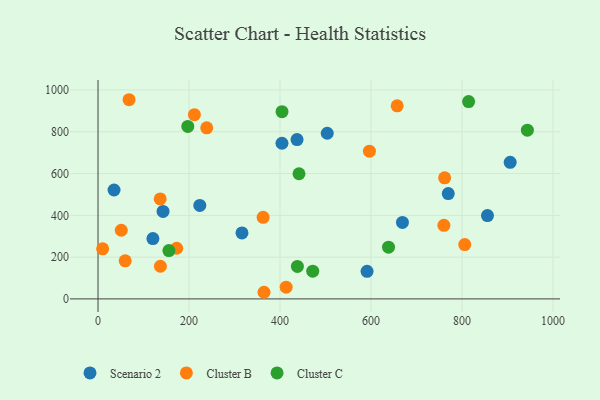
{"axis": {"x": "Price", "y": "Profit"}, "legend": ["Cluster B", "Cluster C", "Scenario 2"], "data": [{"x": "120.6", "y": 288.6, "type": "Scenario 2"}, {"x": "437.4", "y": 762.6, "type": "Scenario 2"}, {"x": "404.3", "y": 744.9, "type": "Scenario 2"}, {"x": "591.3", "y": 131.8, "type": "Scenario 2"}, {"x": "905.9", "y": 653.9, "type": "Scenario 2"}, {"x": "669.1", "y": 366.2, "type": "Scenario 2"}, {"x": "223.7", "y": 447.6, "type": "Scenario 2"}, {"x": "35.2", "y": 521.1, "type": "Scenario 2"}, {"x": "769.8", "y": 504.1, "type": "Scenario 2"}, {"x": "856.0", "y": 399.0, "type": "Scenario 2"}, {"x": "142.9", "y": 418.8, "type": "Scenario 2"}, {"x": "503.8", "y": 792.8, "type": "Scenario 2"}, {"x": "316.4", "y": 315.9, "type": "Scenario 2"}, {"x": "137.1", "y": 156.2, "type": "Cluster B"}, {"x": "136.6", "y": 478.5, "type": "Cluster B"}, {"x": "806.1", "y": 260.0, "type": "Cluster B"}, {"x": "59.7", "y": 182.2, "type": "Cluster B"}, {"x": "172.9", "y": 242.4, "type": "Cluster B"}, {"x": "596.5", "y": 707.0, "type": "Cluster B"}, {"x": "657.5", "y": 924.3, "type": "Cluster B"}, {"x": "10.1", "y": 239.8, "type": "Cluster B"}, {"x": "760.2", "y": 352.0, "type": "Cluster B"}, {"x": "413.5", "y": 56.0, "type": "Cluster B"}, {"x": "68.2", "y": 953.3, "type": "Cluster B"}, {"x": "362.9", "y": 390.6, "type": "Cluster B"}, {"x": "364.8", "y": 31.7, "type": "Cluster B"}, {"x": "51.1", "y": 328.6, "type": "Cluster B"}, {"x": "238.9", "y": 818.6, "type": "Cluster B"}, {"x": "761.8", "y": 579.5, "type": "Cluster B"}, {"x": "211.8", "y": 881.7, "type": "Cluster B"}, {"x": "155.8", "y": 231.4, "type": "Cluster C"}, {"x": "197.3", "y": 825.3, "type": "Cluster C"}, {"x": "638.5", "y": 247.6, "type": "Cluster C"}, {"x": "441.7", "y": 599.0, "type": "Cluster C"}, {"x": "404.4", "y": 896.2, "type": "Cluster C"}, {"x": "943.7", "y": 807.5, "type": "Cluster C"}, {"x": "438.2", "y": 155.6, "type": "Cluster C"}, {"x": "471.9", "y": 132.7, "type": "Cluster C"}, {"x": "814.5", "y": 944.6, "type": "Cluster C"}]}